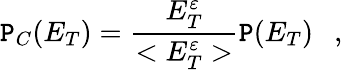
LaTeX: \mathtt{P}_{C}(E_{T})={\frac{{E_{T}^{\varepsilon}}}{{<E_{T}^{\varepsilon}>}}}\mathtt{P}(E_{T})\ \ \ ,